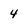
Character: 4